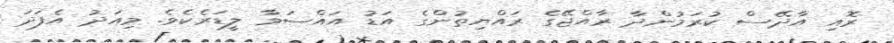
ރޮއި އާދޭސް ކުރަމުންދާ ރާއްޖޭގެ ރައްޔިތުންގެ އަޑު އައްސަވާ ލީޑަރެކެވެ. މިއަދު އެފަދަ